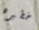
خطيره